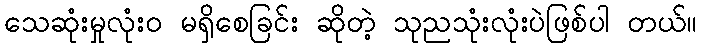
သေဆုံးမှုလုံး၀ မရှိစေခြင်း ဆိုတဲ့ သုညသုံးလုံးပဲဖြစ်ပါ တယ်။